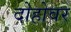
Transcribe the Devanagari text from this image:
दोहोवर